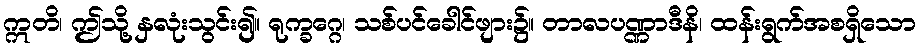
ဣတိ၊ ဤသို့ နှလုံးသွင်း၍။ ရုက္ခဂ္ဂေ၊ သစ်ပင်ခေါင်ဖျား၌။ တာလပဏ္ဏာဒီနိ၊ ထန်းရွက်အစရှိသော